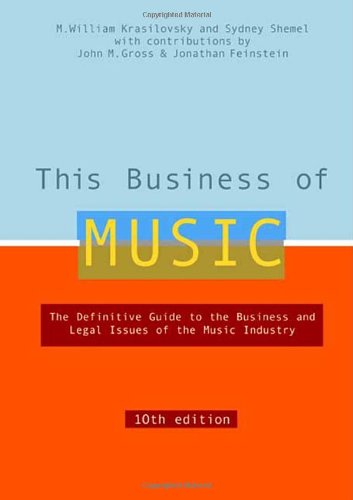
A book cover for This Business of Music, 10th Edition; M. William Krasilovsky; Arts & Photography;